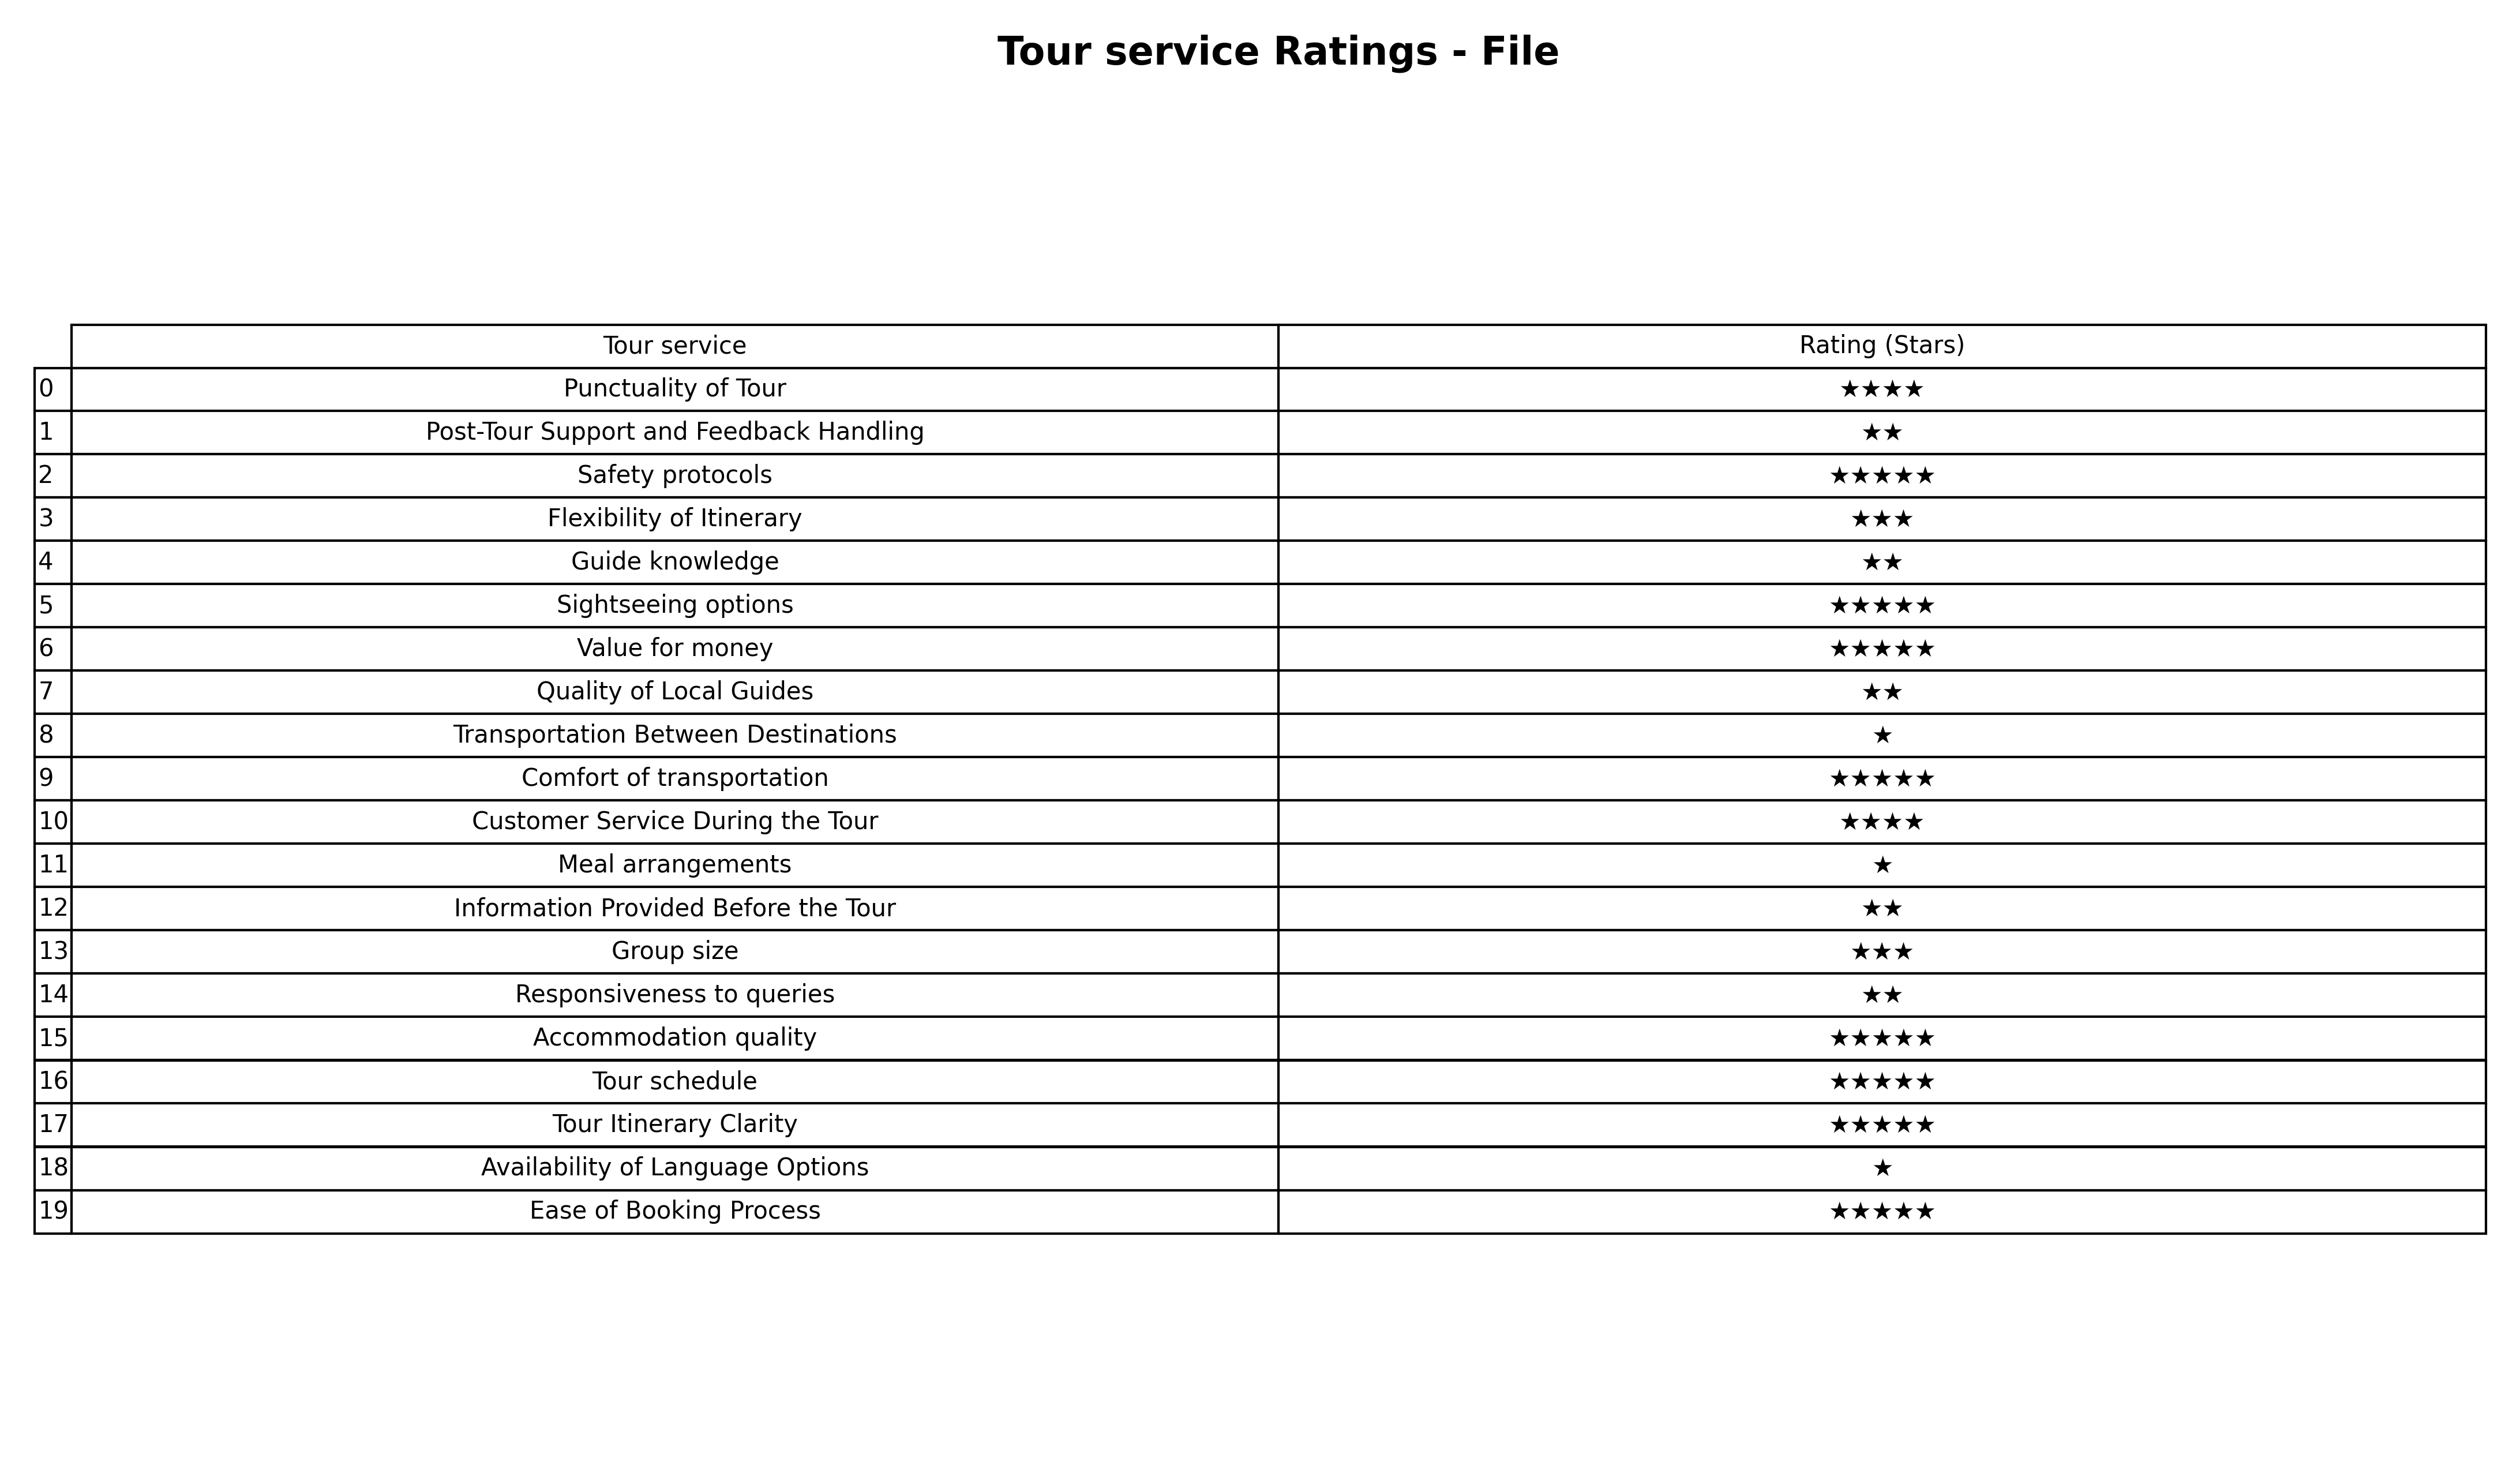
question: What is the rating of Meal arrangements?
answer: ★